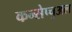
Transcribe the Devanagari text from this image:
कन्सेप्चुअल